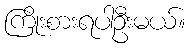
ကြိုးစားရပါဦးမယ်။